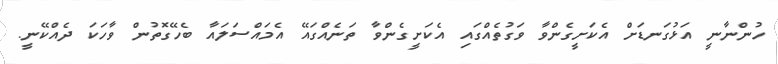
ހުންނާނީ އަޅުގަނޑަށް އެކަށީގެންވާ ވަގުތެއްގައި އެކަށީގެންވާ ތަނެއްގައޭ އެމައްސަލައާ ބެހޭގޮތުން ވާހަކަ ދެއްކޭނީ.